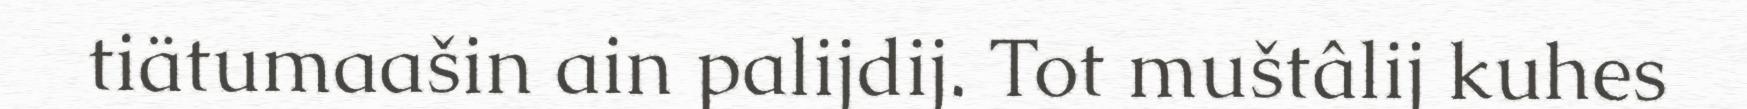
tiätumaašin ain palijdij. Tot muštâlij kuhes